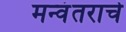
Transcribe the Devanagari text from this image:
मन्वंतराचे